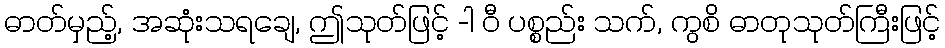
ဓာတ်မှည့်, အဆုံးသရချေ, ဤသုတ်ဖြင့် -ါ ဝီ ပစ္စည်း သက်, ကွစိ ဓာတုသုတ်ကြီးဖြင့်